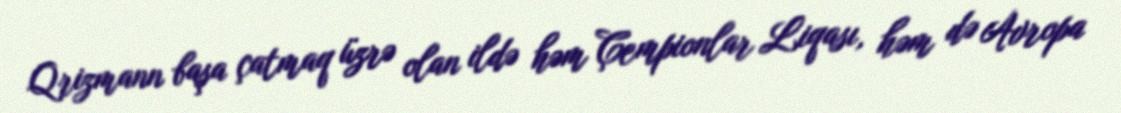
Qrizmann başa çatmaq üzrə olan ildə həm Çempionlar Liqası, həm də Avropa